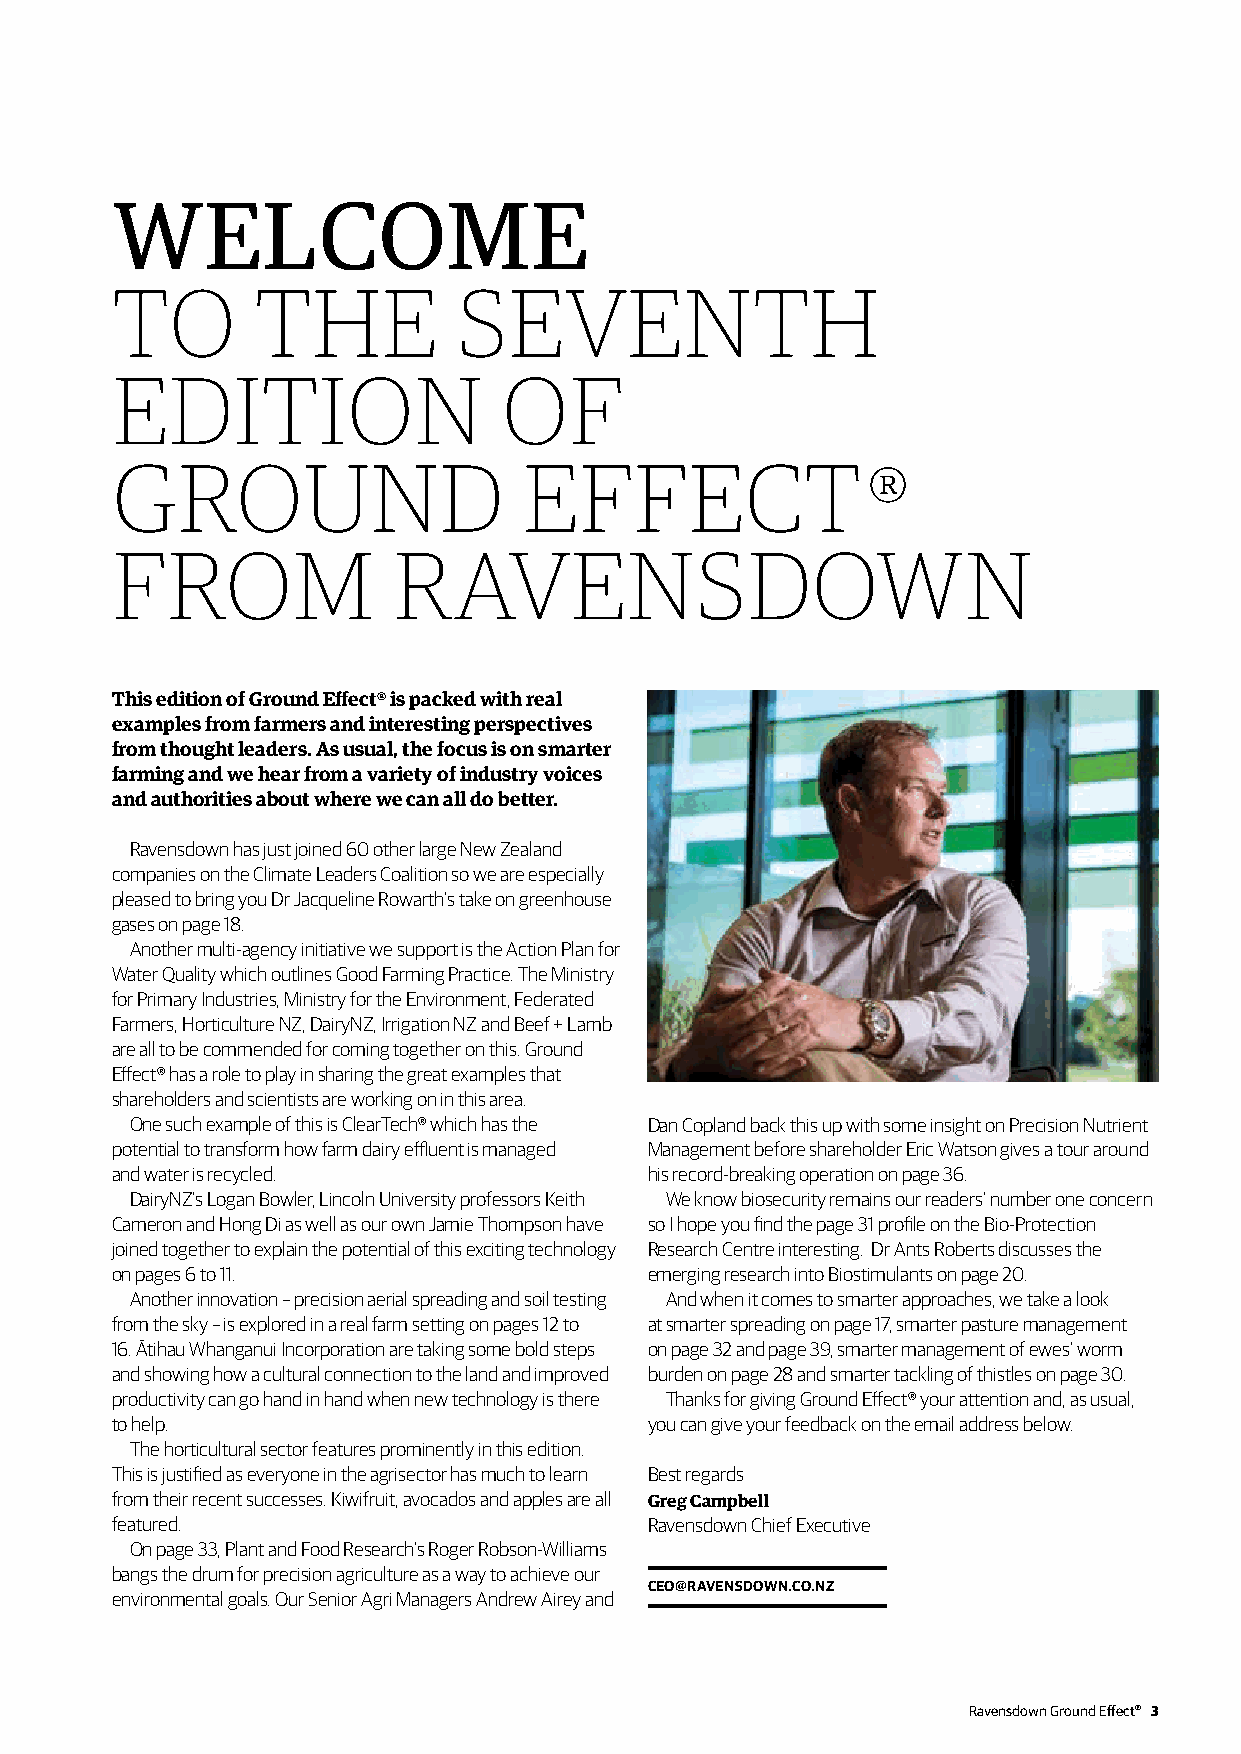
WELCOME
 TO        THE          SEVENTH
 EDITION                   OF
 GROUND                      EFFECT
 ®
 FROM               RAVENSDOWN
 This edition of Ground Effect® is packed with real
 examples from farmers and interesting perspectives
 from thought leaders. As usual, the focus is on smarter
 farming and we hear from a variety of industry voices
 and authorities about where we can all do better.
 Ravensdown has just joined 60 other large New Zealand
 companies on the Climate Leaders Coalition so we are especially
 pleased to bring you Dr Jacqueline Rowarth’s take on greenhouse
 gases on page 18.
 Another multi-agency initiative we support is the Action Plan for
 Water Quality which outlines Good Farming Practice. The Ministry
 for Primary Industries, Ministry for the Environment, Federated
 Farmers, Horticulture NZ, DairyNZ, Irrigation NZ and Beef + Lamb
 are all to be commended for coming together on this. Ground
 Effect® has a role to play in sharing the great examples that
 shareholders and scientists are working on in this area.
 One such example of this is ClearTech® which has the Dan Copland back this up with some insight on Precision Nutrient
 potential to transform how farm dairy effluent is managed Management before shareholder Eric Watson gives a tour around
 and water is recycled.              his record-breaking operation on page 36.
 DairyNZ’s Logan Bowler, Lincoln University professors Keith We know biosecurity remains our readers’ number one concern
 Cameron and Hong Di as well as our own Jamie Thompson have so I hope you find the page 31 profile on the Bio-Protection
 joined together to explain the potential of this exciting technology Research Centre interesting. Dr Ants Roberts discusses the
 on pages 6 to 11.                   emerging research into Biostimulants on page 20.
 Another innovation – precision aerial spreading and soil testing And when it comes to smarter approaches, we take a look
 from the sky – is explored in a real farm setting on pages 12 to at smarter spreading on page 17, smarter pasture management
 16. Ātihau Whanganui Incorporation are taking some bold steps on page 32 and page 39, smarter management of ewes’ worm
 and showing how a cultural connection to the land and improved burden on page 28 and smarter tackling of thistles on page 30.
 productivity can go hand in hand when new technology is there Thanks for giving Ground Effect® your attention and, as usual,
 to help.                            you can give your feedback on the email address below.
 The horticultural sector features prominently in this edition.
 This is justified as everyone in the agrisector has much to learn Best regards
 from their recent successes. Kiwifruit, avocados and apples are all Greg Campbell
 featured.                           Ravensdown Chief Executive
 On page 33, Plant and Food Research’s Roger Robson-Williams
 bangs the drum for precision agriculture as a way to achieve our
 CEO@RAVENSDOWN.CO.NZ
 environmental goals. Our Senior Agri Managers Andrew Airey and
 Ravensdown Ground Effect® 3